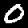
Label: 0